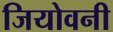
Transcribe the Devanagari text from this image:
जियोवनी